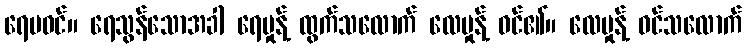
ရေမဝင်။ ရေသွန်သောအခါ ရေမှုန့် ထွက်သလောက် လေမှုန့် ဝင်၏။ လေမှုန့် ဝင်သလောက်